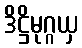
ဒိဋ္ဌိမုဂ္ဂယှ